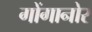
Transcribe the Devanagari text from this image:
गोंगानोर